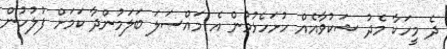
ދެ މީހަކާ މެދު ޝަކުވާއެއް ހުށަހެޅުމުން އެ މައްސަލަ ބަލަމުންދާ ކަމަށް ފުލުހުން